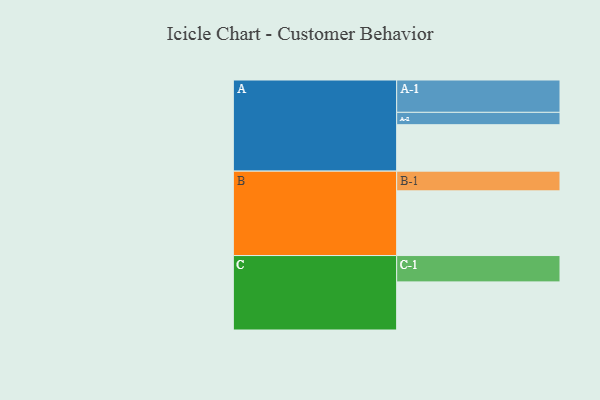
{"axis": {"x": "Segment", "y": "Value"}, "legend": ["", "A", "B", "C"], "data": [{"x": "A", "y": 409, "type": ""}, {"x": "B", "y": 570, "type": ""}, {"x": "C", "y": 424, "type": ""}, {"x": "A-1", "y": 285, "type": "A"}, {"x": "A-2", "y": 109, "type": "A"}, {"x": "B-1", "y": 174, "type": "B"}, {"x": "C-1", "y": 232, "type": "C"}]}